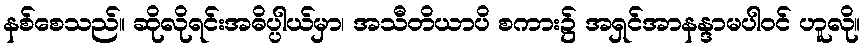
နစ်စေသည်။ ဆိုလိုရင်းအဓိပ္ပါယ်မှာ၊ အသီတိယာပိ စကား၌ အရှင်အာနန္ဒာမပါဝင် ဟူလို။